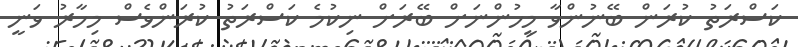
ކަސްރަތު ކުރަން ބޭނުންވާ މީހުންނަށް ބޭރަށް ނިކުމެ ކަސްރަތު ކުރަންވެސް މިހާރު ވަނީ